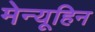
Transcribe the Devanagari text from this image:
मेन्यूहिन